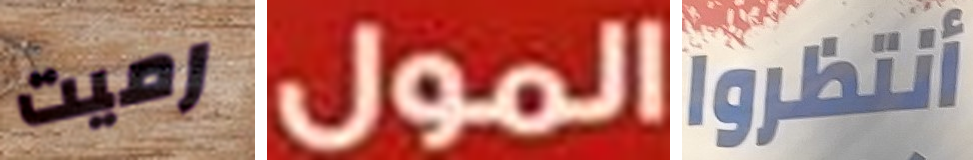
رميت المول أنتظروا